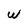
Character: w